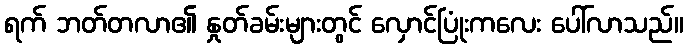
ရက် ဘတ်တလာ၏ နှုတ်ခမ်းများတွင် လှောင်ပြုံးကလေး ပေါ်လာသည်။